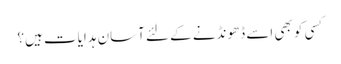
کسی کو بھی اسے ڈھونڈنے کے لئے آسان ہدایات ہیں؟